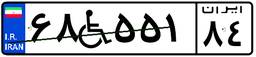
۸۰W۴۷۴۷۲